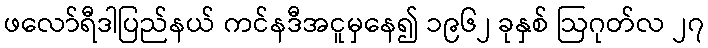
ဖလော်ရီဒါပြည်နယ် ကင်နဒီအငူမှနေ၍ ၁၉၆၂ ခုနှစ် ဩဂုတ်လ ၂၇